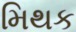
મિથક